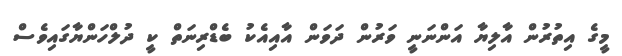
މީގެ އިތުރުން އާލިޔާ އަންނަނީ ވަރުން ދަވަން އާއިއެކު ބެޑްރިނަތް ކީ ދުލްހަންޔާގައިވެސް